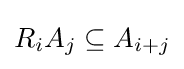
R_{i}A_{j}\subseteq A_{i+j}